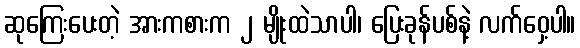
ဆုကြေးပေးတဲ့ အားကစားက ၂ မျိုးထဲသာပါ၊ ပြေးခုန်ပစ်နဲ့ လက်ဝှေ့ပါ။